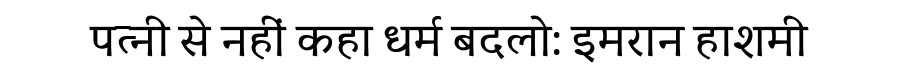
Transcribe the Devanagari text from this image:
पत्नी से नहीं कहा धर्म बदलो: इमरान हाशमी